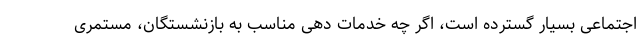
اجتماعی بسیار گسترده است، اگر چه خدمات دهی مناسب به بازنشستگان، مستمری